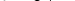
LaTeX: \smash{t^{*}\gtrsim 1}